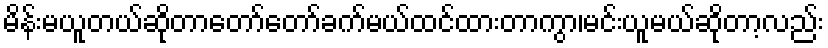
မိန်းမယူတယ်ဆိုတာတော်တော်ခက်မယ်ထင်ထားတာကွာ၊မင်းယူမယ်ဆိုတာ့လည်း